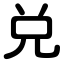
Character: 兑